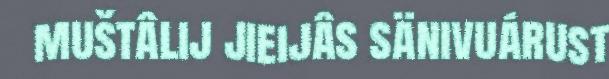
muštâlij jieijâs sänivuárust